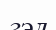
гэл